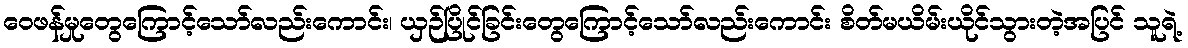
ဝေဖန်မှုတွေကြောင့်သော်လည်းကောင်း၊ ယှဉ်ပြိုင်ခြင်းတွေကြောင့်သော်လည်းကောင်း စိတ်မယိမ်းယိုင်သွားတဲ့အပြင် သူရဲ့